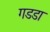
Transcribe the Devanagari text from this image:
गडडा